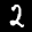
Label: 2